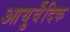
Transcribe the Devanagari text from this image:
आयुर्वॆदिक